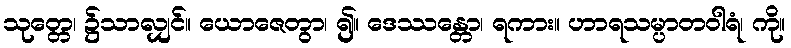
သုတ္တေ၊ ၌သာလျှင်။ ယောဇေတွာ၊ ၍။ ဒေဿန္တော၊ ရကား။ ဟာရသမ္ပာတဝါရံ၊ ကို။